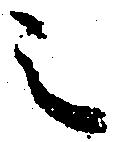
之